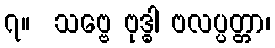
၇။  သဗ္ဗေ ဗုဒ္ဓါ ဗလပ္ပတ္တာ၊